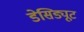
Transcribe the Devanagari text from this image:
डेसिड्यूट